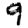
Digit: 9